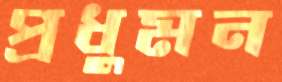
প্রধুমন